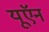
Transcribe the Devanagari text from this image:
यूऍन